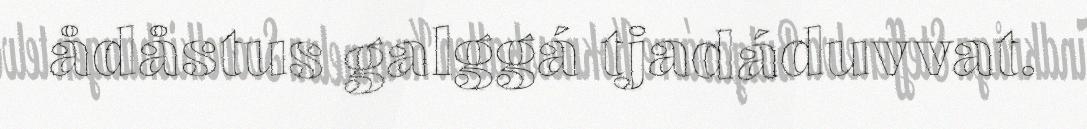
ådåstus galggá tjadáduvvat.